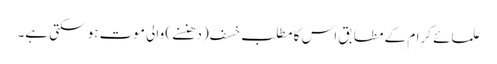
علمائے کرام کے مطابق اس کا مطلب خسف (دھنسنے) والی موت ہو سکتی ہے۔